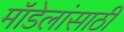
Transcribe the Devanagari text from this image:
मॉडेलांसाठी